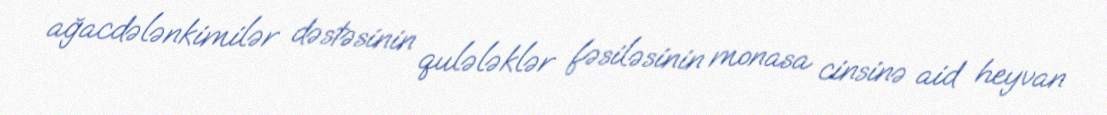
ağacdələnkimilər dəstəsinin qulələklər fəsiləsinin monasa cinsinə aid heyvan